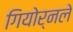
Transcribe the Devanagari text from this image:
गियोर्नले